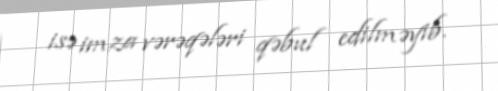
isə imza vərəqələri qəbul edilməyib.